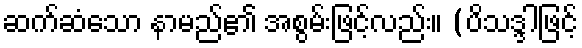
ဆက်ဆံသော နာမည်၏ အစွမ်းဖြင့်လည်း။ (ပိသဒ္ဒါဖြင့်